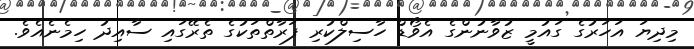
މިދިޔަ އަހަރުގެ ގައުމީ ޒުވާނުންގެ އެވޯޑް ހާސިލްކުރި ފަރާތްތަކުގެ ތެރޭގައި ސާއިދު ހިމެނެއެވެ.